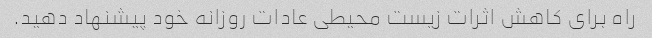
راه برای کاهش اثرات زیست محیطی عادات روزانه خود پیشنهاد دهید.